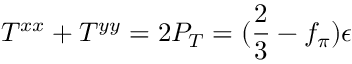
T ^ { x x } + T ^ { y y } = 2 P _ { T } = ( \frac { 2 } { 3 } - f _ { \pi } ) \epsilon